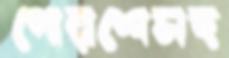
পোরশেসহ